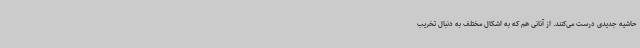
حاشیه جدیدی درست می‌کنند. از آنانی هم که به اشکال مختلف به دنبال تخریب